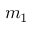
m _ { 1 }